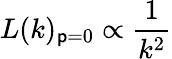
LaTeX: L(k)_{\mathsf{p}=0}\propto\frac{{1}}{{k^{2}}}